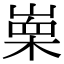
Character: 𭪼